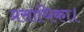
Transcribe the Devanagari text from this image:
प्रसाधिका।